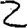
Digit: 2